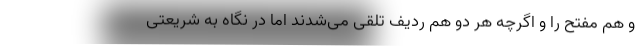
و هم مفتح را و اگرچه هر دو هم ردیف تلقی می‌شدند اما در نگاه به شریعتی